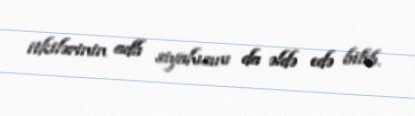
itkilərinin adlı siyahısını da əldə edə bilib.